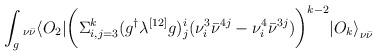
LaTeX: \begin{align*}\int_g {}_{\nu\bar\nu}\langle O_2 | \biggl( \Sigma_{i,j=3}^{k} (g^\dagger \lambda^{[12]} g)^i_j(\nu^3_i {\bar\nu}^{4j} -\nu^4_i {\bar\nu}^{3j})\biggr)^{k-2}{| O_k\rangle}_{\nu\bar\nu}\end{align*}